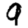
Digit: 9